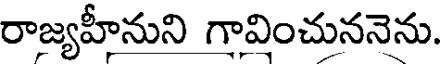
రాజ్యహీనుని గావించుననెను.